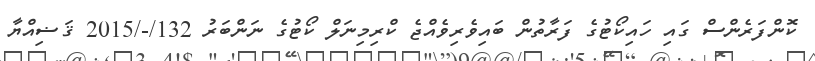
ކޮންފަރެންސް ގައި ހައިކޯޓުގެ ފަރާތުން ބައިވެރިވެއްޖެ ކްރިމިނަލް ކޯޓުގެ ނަންބަރު 132/-/2015 ޤަޟިއްޔާ